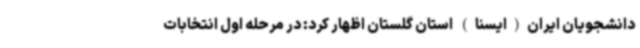
دانشجویان ایران(ایسنا) استان گلستان اظهار کرد: در مرحله اول انتخابات